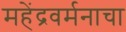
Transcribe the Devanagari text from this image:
महेंद्रवर्मनाचा